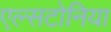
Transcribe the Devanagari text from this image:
एल्सटोनिया